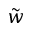
\tilde { w }